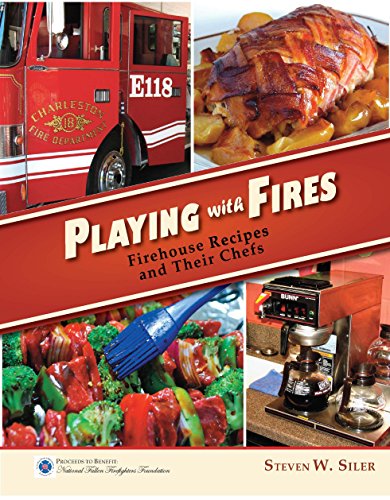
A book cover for Playing with Fires: Firehouse Recipes and Their Chefs; Steven W. Siler; Cookbooks, Food & Wine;